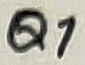
Text: Q1